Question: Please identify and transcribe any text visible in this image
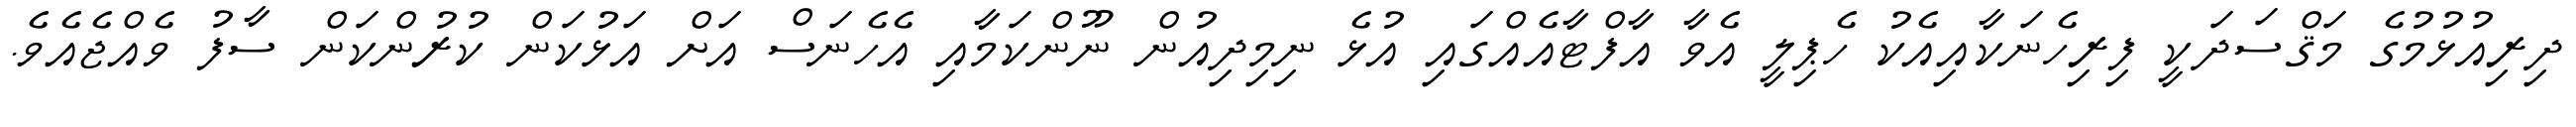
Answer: ދިރިއުޅުމުގެ މަޤްސަދަކީ ފިރިހެނަކާއިއެކު ހެޕިލީ އެވާ އާފްޓާއެއްގައި އުޅެ ނިމިދިއުން ނޫންކަމާއި އެހެނަސް އަށް އަޅުކަން ކުރުންކަން ސާފު ވެއްޖެއެވެ.